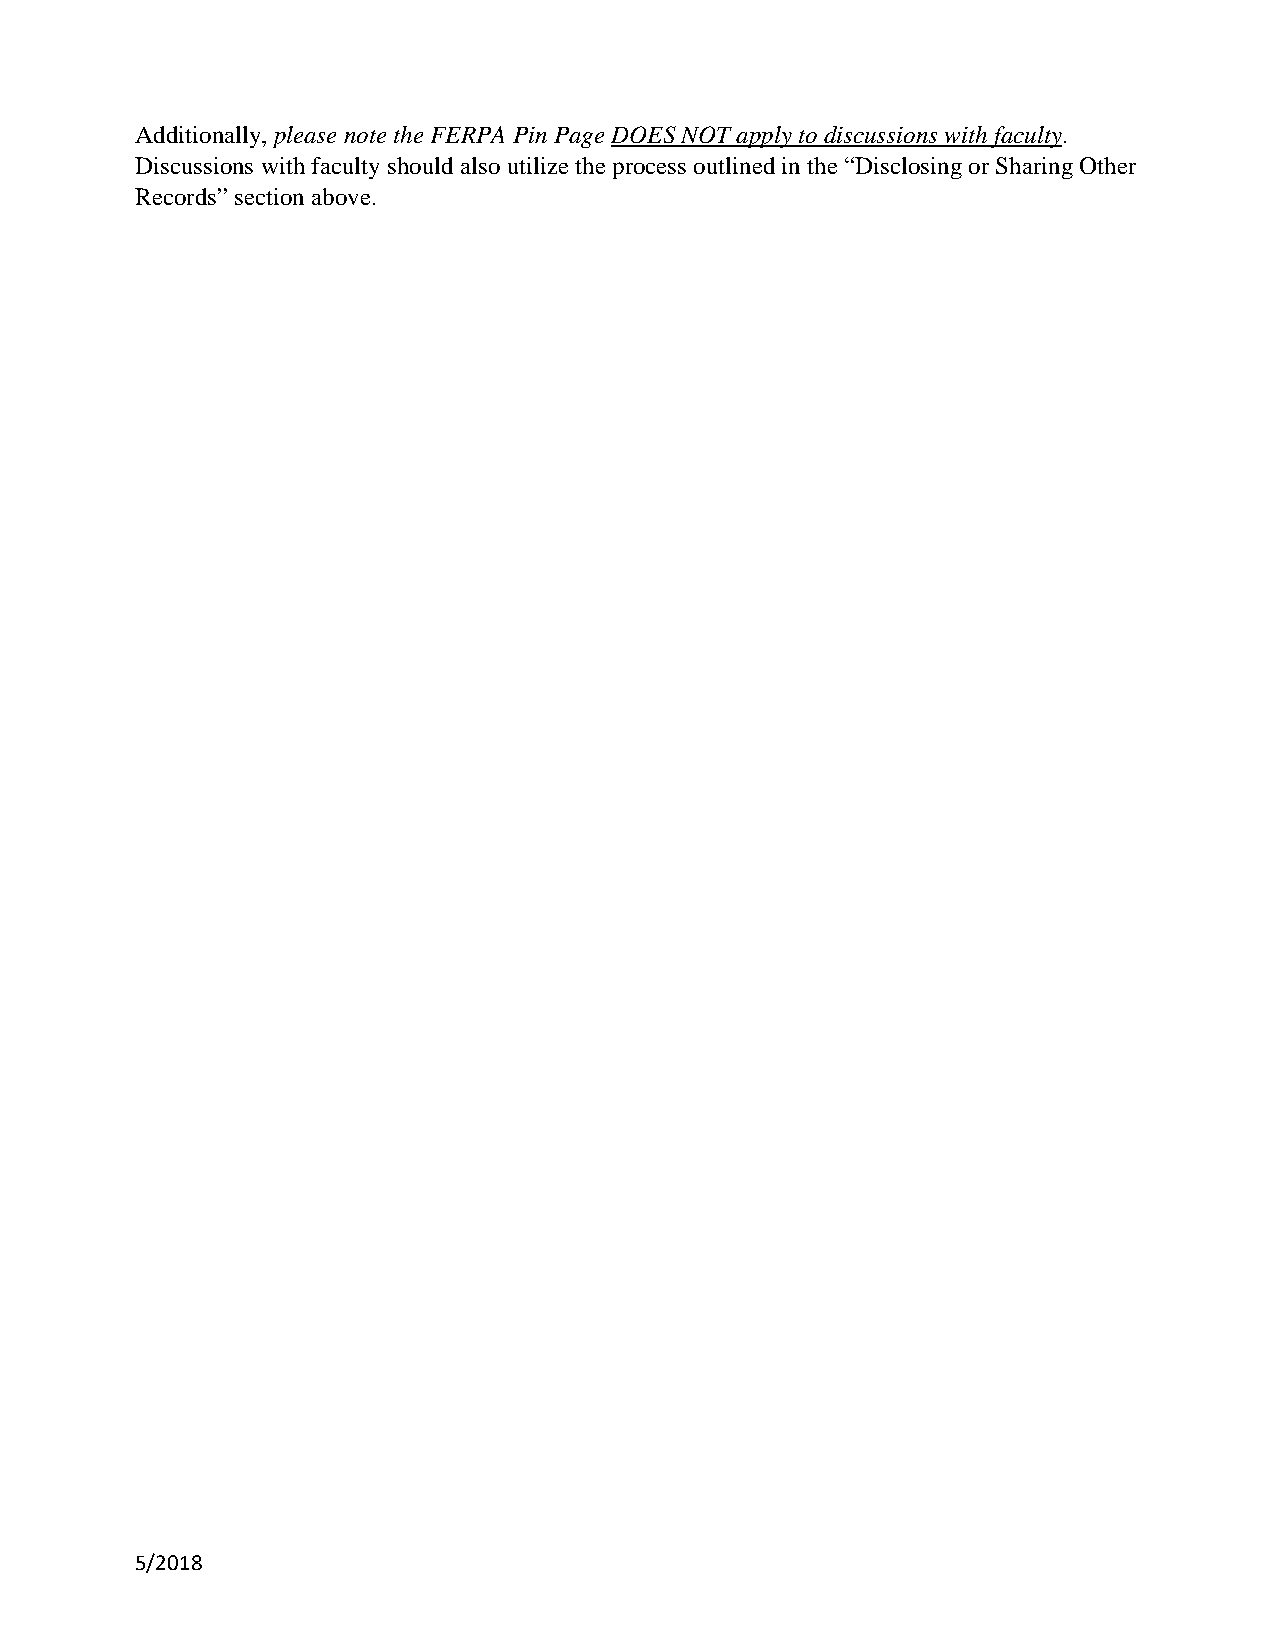
Additionally, please note the FERPA Pin Page DOES NOT apply to discussions with faculty.
 Discussions with faculty should also utilize the process outlined in the “Disclosing or Sharing Other
 Records” section above.
 5/2018